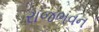
રાજભવન